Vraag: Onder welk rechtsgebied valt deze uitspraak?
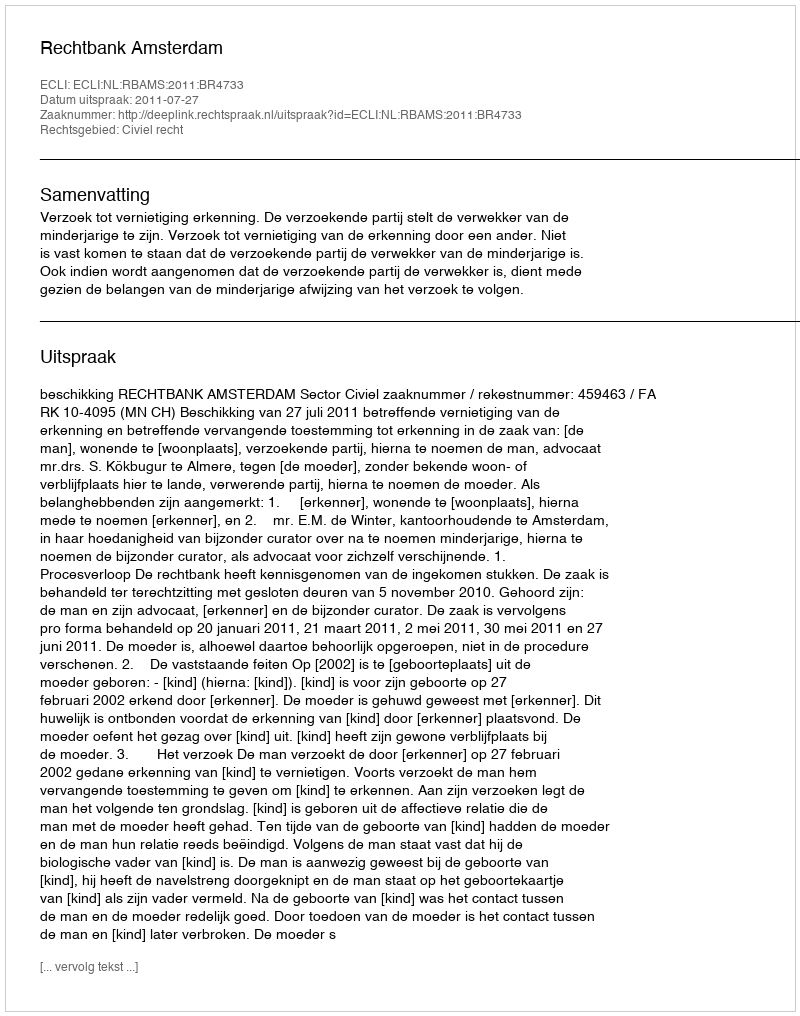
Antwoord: Civiel recht